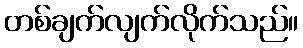
တစ်ချက်လျက်လိုက်သည်။